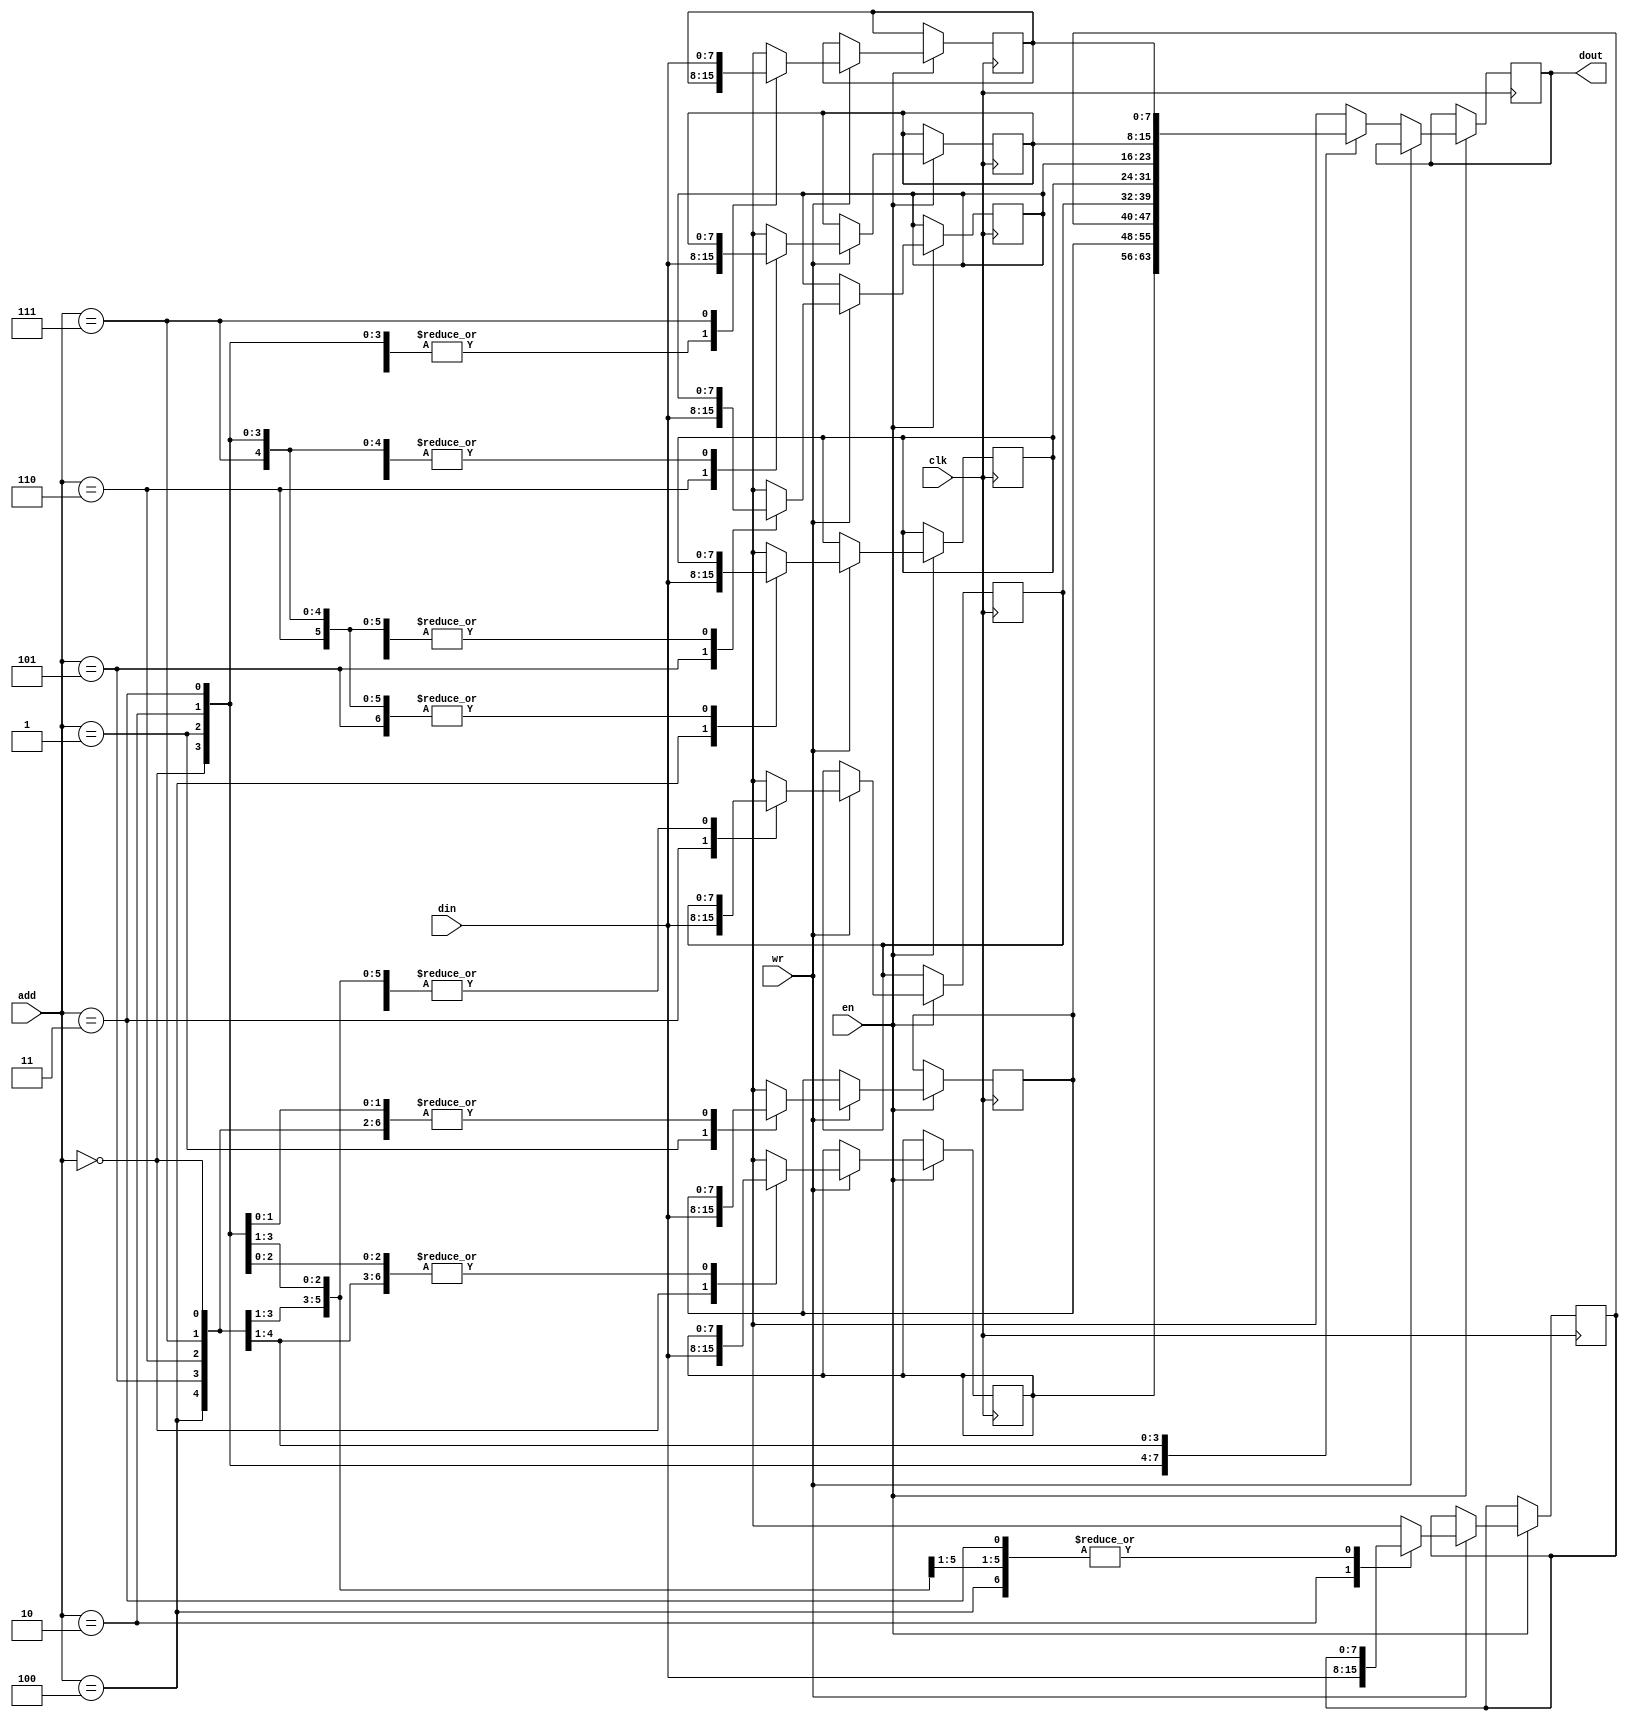
`timescale 1ns / 1ps
//////////////////////////////////////////////////////////////////////////////////
// Company: 
// 
// Design Name: 
// Module Name: single_port_RAM
// Project Name: 
// Target Devices: 
// Tool Versions: 
// Description: 
// 
// Dependencies: 
// 
// Revision:
// Revision 0.01 - File Created
// Additional Comments:
// 
//////////////////////////////////////////////////////////////////////////////////


module single_port_RAM(input clk,
                       input en,
                       input wr,
                       input [2:0]add,
                       input [7:0]din,
                       output reg [7:0]dout
                       );
      
      reg [7:0] data_mem [0:7];
      always @(posedge clk) begin
        if (en) begin
            if(wr) begin
                data_mem[add] = din;
            end
            else
                dout = data_mem[add];
        end
      end
      initial begin dout = 8'b0;       
      end     
                
endmodule